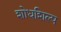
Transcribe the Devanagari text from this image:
शोधशिल्प